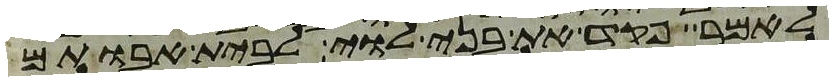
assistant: לאמר פקד את בני לוי לבית אבותם